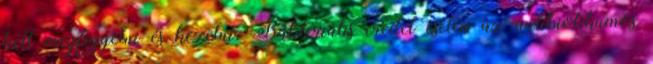
kell megfigyelni és kezelni. Bakteriális eredet esetén az antibiotikumos